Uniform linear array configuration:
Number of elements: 24
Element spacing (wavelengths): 0.75
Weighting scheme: uniform
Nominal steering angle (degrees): -45
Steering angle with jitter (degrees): -46.404
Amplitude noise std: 0.05
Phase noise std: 0.05

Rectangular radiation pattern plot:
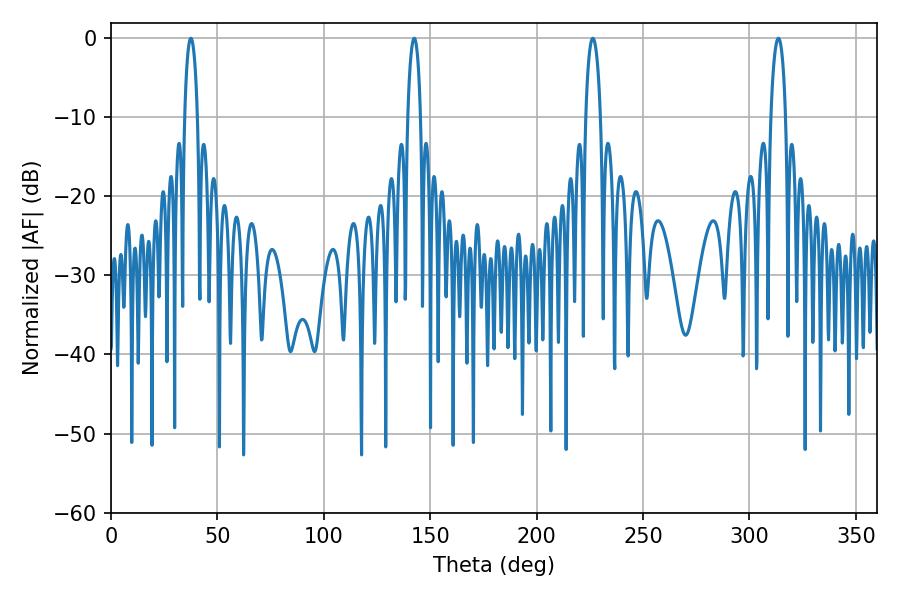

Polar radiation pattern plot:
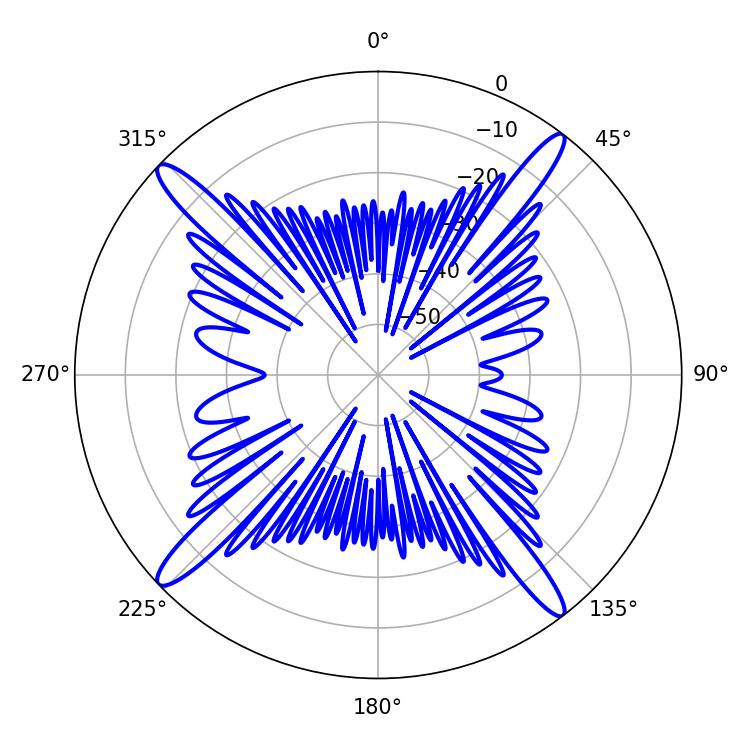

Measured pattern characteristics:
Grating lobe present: TRUE
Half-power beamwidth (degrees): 3.96
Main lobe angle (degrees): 313.56